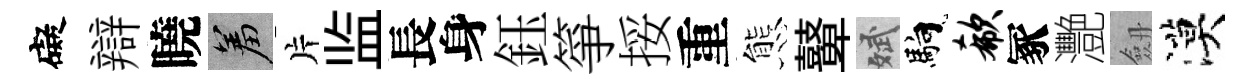
礙辯曉羞片监長身鈺箏挼重態鼙斌馿欷冢灧劔漠